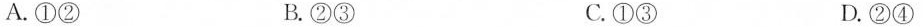
A.①② B.②③ C.①③ D.②④